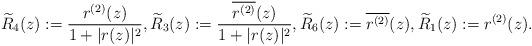
LaTeX: \begin{align*} \widetilde{R}_4(z):=\frac{r^{(2)}(z)}{1+|r(z)|^2}, \widetilde{R}_3(z):=\frac{ \overline{r^{(2)}}(z)}{1+|r(z)|^2}, \widetilde{R}_6(z):=\overline{r^{(2)}}(z), \widetilde{R}_1(z):=r^{(2)}(z).\end{align*}